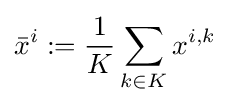
{\bar {x}}^{i}:={\frac {1}{K}}\sum _{k\in K}x^{i,k}